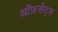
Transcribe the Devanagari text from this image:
ऑफ़सेट्स